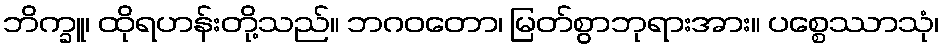
ဘိက္ခူ၊ ထိုရဟန်းတို့သည်။ ဘဂဝတော၊ မြတ်စွာဘုရားအား။ ပစ္စေဿာသုံ၊